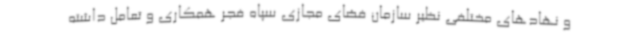
و نهادهای مختلفی نظیر سازمان فضای مجازی سپاه فجر همکاری و تعامل داشته